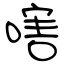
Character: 嗐